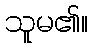
သူမ၏။